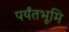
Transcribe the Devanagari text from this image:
पर्यंतभूमि